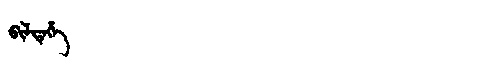
Manchu: ᠪᡳᠯᡨᡝᡥᡝ
Romanization: BILTEHE